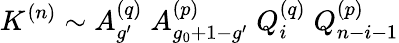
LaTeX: K^{(n)}\sim A_{g^{\prime}}^{(q)}\; A_{g_{0}+1-g^{\prime}}^{(p)}\; Q_{i}^{(q)}\; Q_{n-i-1}^{(p)}